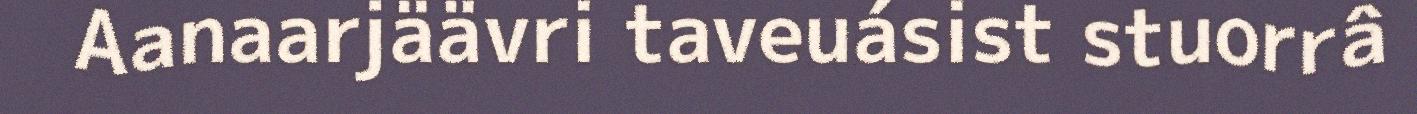
Aanaarjäävri taveuásist stuorrâ